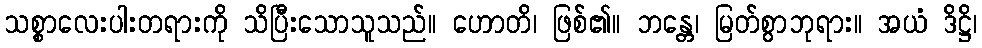
သစ္စာလေးပါးတရားကို သိပြီးသောသူသည်။ ဟောတိ၊ ဖြစ်၏။ ဘန္တေ၊ မြတ်စွာဘုရား။ အယံ ဒိဋ္ဌိ၊